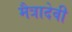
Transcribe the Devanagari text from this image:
मैत्रादेवी